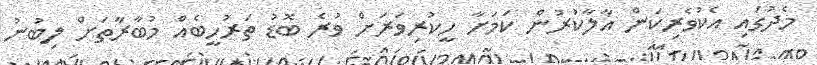
މެދުގައި އެކުވެރިކަން އާލާކުރުން ކަމަށާ ހީކުރިވަރަށް ވުރެ ބޮޑު ތަރުހީބެެއް މުބާރާތަށް ލިބުނު